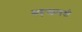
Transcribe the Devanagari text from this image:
सहस्त्रावधी